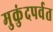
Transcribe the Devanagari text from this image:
मुकुंदपर्वत